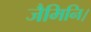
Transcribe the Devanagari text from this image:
जैमिनि।